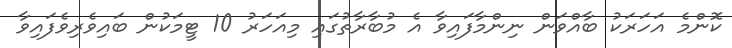
ކޮންމެ އަހަރަކު ބާއްވަން ނިންމާފައިވާ އެ މުބާރާތުގައި މިއަހަރު 10 ޓީމަކުން ބައިވެރިވެފައިވާ